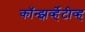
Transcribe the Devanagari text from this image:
कॉन्झर्व्हेटीव्ह